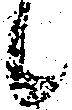
候